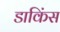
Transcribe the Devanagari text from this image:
डाकिंस